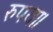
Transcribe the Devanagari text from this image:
रुपया।